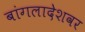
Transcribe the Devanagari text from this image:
बांगलादेशवर